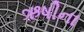
ઋષીના